Vaccination in Bombay 1874-1876 - 1874-1876
Year: 1874
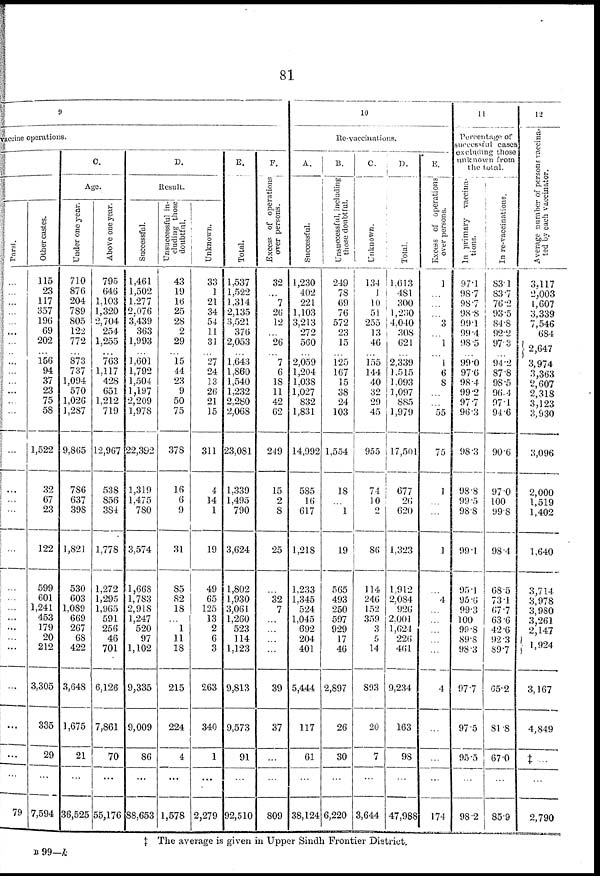
81
9
vaccine operations.
Parsi.
...
...
...
...
...
...
...
...
...
...
...
...
...
...
...
...
...
...
...
...
...
...
...
...
...
...
...
...
...
...
79
Other castes.
115
23
117
357
196
69
202
... 156
94
37
23
75
58
1,522
32
67
23
122
599
601
1,241
453
179
20
212
3,305
335
29
...
7,594
C.
Age.
Under one year.
710
876
204
789
805
122
772
... 873
737
1,094
570
1,026
1,287
9,865
786
637
398
1,821
530
603
1,089
669
267
68
422
3,648
1,675
21
...
36,525
Above one year.
795
646
1,103
1,320
2,704
254
1,255
...
763
1,117
428
651
1,212
719
12,967
538
856
384
1,778
1,272
1,295
1,965
591
256
46
701
6,126
7,861
70
...
55,176
D.
Result.
Successful.
1,461
1,502
1,277
2,076
3,439
363
1,993
...
1,601
1,792
1,504
1,197
2,209
1,978
22,392
1,319
1,475
780
3,574
1,668
1,783
2,918
1,247
520
97
1,102
9,335
9,009
86
...
88,653
Unsuccessful in-
cluding those
doubtful.
43
19
16
25
28
2
29
... 15
44
23
9
50
75
378
16
6
9
31
85
82
18
...
1
11
18
215
224
4
...
1,578
Unknown.
33
1
21
34
54
11
31
... 27
24
13
26
21
15
311
4
14
1
19
49
65
125
13
2
6
3
263
340
1
...
2,279
E.
Total.
1,537
1,522
1,314
2,135
3,521
376
2,053
...
1,643
1,860
1,540
1,232
2,280
2,068
23,081
1,339
1,495
790
3,624
1,802
1,930
3,061
1,260
523
114
1,123
9,813
9,573
91
...
92,510
F.
Excess of operations
over persons.
32
...
7
26
12
...
26
... 7
6
18
11
42
62
249
15
2
8
25
...
32
7
...
...
...
...
39
37
...
...
809
10
Re-vaccinations.
A.
Successful.
1,230
402
221
1,103
3,213
272
560
...
2,059
1,204
1,038
1,027
832
1,831
14,992
585
16
617
1,218
1,233
1,345
524
1,045
692
204
401
5,444
117
61
...
38,124
B.
Unsuccessful, including
those doubtful.
249
78
69
76
572
23
15
... 125
167
15
38
24
103
1,554
18
...
1
19
565
493
250
597
929
17
46
2,897
26
30
...
6,220
C.
Unknown.
134
1
10
51
255
13
46
... 155
144
40
30
29
45
955
74
10
2
86
114
246
152
359
3
5
14
893
20
7
...
3,644
D.
Total.
1,613
481
300
1,230
4,040
308
621
...
2,339
1,515
1,093
1,097
885
1,979
17,501
677
26
620
1,323
1,912
2,084
926
2,001
1,624
226
461
9,234
163
98
...
47,988
E.
Excess of operations
over persons.
1
...
...
...
3
...
1
... 1
6
8
...
...
55
75
1
...
...
1
...
4
...
...
...
...
...
4
...
...
...
174
11
Percentage of
successful cases
excluding those
unknown from
the total.
In primary vaccina-
tions.
97.1
98.7
98.7
98.8
99.1
99.4
98.5
...
99.0
97.6
98.4
99.2
97.7
96.3
98.3
98.8
99.5
98.8
99.1
95.1
95.6
99.3
100
99.8
89.8
98.3
97.7
97.5
95.5
...
98.2
In re-vaccinations.
83.1
83.7
76.2
93.5
84.8
92.2
97.3
...
94.2
87.8
98.5
96.4
97.1
94.6
90.6
97.0
100
99.8
98.4
68.5
73.1
67.7
63.6
42.6
92.3
89.7
65.2
81.8
67.0
...
85.9
12
Average number of persons vaccina-
ted by each vaccinator.
3,117
2,003
1,607
3,339
7,546
684
2,647
3,974
3,363
2,607
2,318
3,123
3,930
3,096
2,000
1,519
1,402
1,640
3,714
3,978
3,980
3,261
2,147
1,924
3,167
4,849
‡ ...
...
2,790
‡ The average is given in Upper Sindh Frontier District.
B 99—k